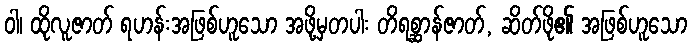
ဝါ၊ ထိုလူဇာတ် ရဟန်းအဖြစ်ဟူသော အဖို့မှတပါး တိရစ္ဆာန်ဇာတ်, ဆိတ်ဖို၏ အဖြစ်ဟူသော